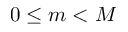
0 \leq m < M